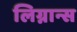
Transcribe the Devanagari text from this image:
लिग्नान्स